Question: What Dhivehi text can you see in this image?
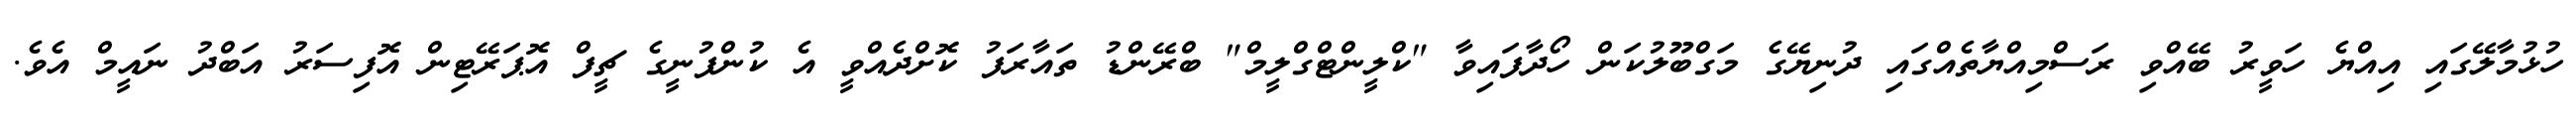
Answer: ހުޅުމާލޭގައި އިއްޔެ ހަވީރު ބޭއްވި ރަސްމިއްޔާތެއްގައި ދުނިޔޭގެ މަގްބޫލުކަން ހޯދާފައިވާ "ކްލީންޓްގްލީމް" ބްރޭންޑު ތައާރަފު ކޮށްދެއްވީ އެ ކުންފުނީގެ ޗީފް އޮޕަރޭޓިން އޮފިސަރު އަބްދު ނައީމް އެވެ.